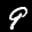
Label: 9